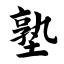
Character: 塾